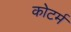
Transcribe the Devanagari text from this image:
कोटर्म